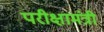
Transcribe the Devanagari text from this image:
परीक्षामंत्री